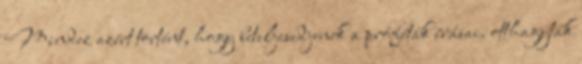
Mindez azért történt, hogy beteljesedjenek a próféták írásai. otthagyták